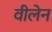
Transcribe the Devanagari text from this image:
वीलेन